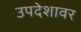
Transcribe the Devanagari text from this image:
उपदेशावर